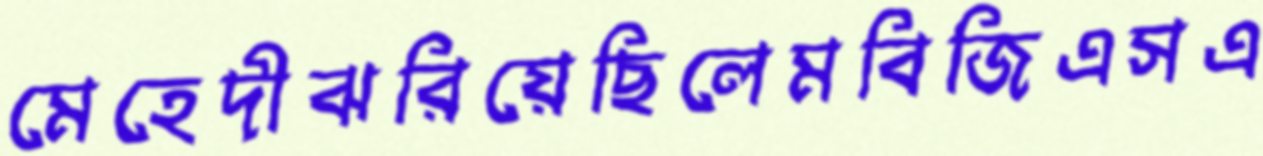
মেহেদীঝরিয়েছিলেমবিজিএসএ